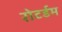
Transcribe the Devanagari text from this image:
रोटर्डम